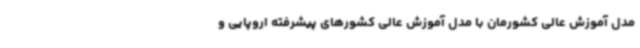
مدل آموزش عالی کشورمان با مدل آموزش عالی کشورهای پیشرفته اروپایی و